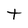
Character: t